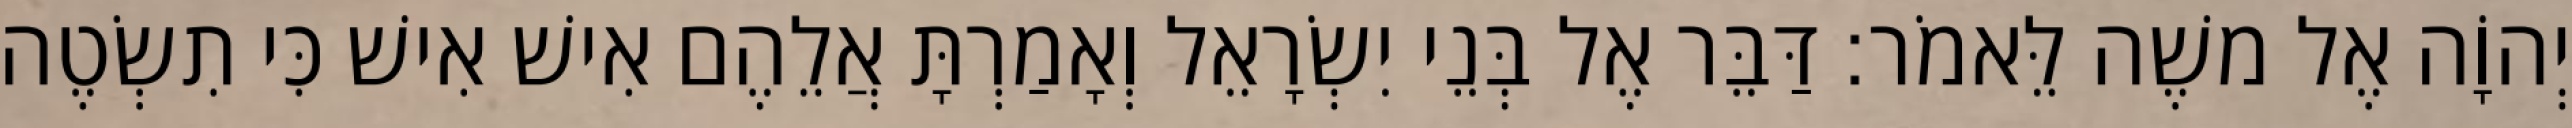
יְהוָֹה אֶל משֶׁה לֵּאמֹר׃ דַּבֵּר אֶל בְּנֵי יִשְׂרָאֵל וְאָמַרְתָּ אֲלֵהֶם אִישׁ אִישׁ כִּי תִשְׂטֶה